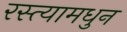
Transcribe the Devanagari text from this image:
रस्त्यामधुन